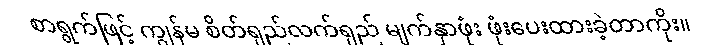
စာရွက်ဖြင့် ကျွန်မ စိတ်ရှည်လက်ရှည် မျက်နှာဖုံး ဖုံးပေးထားခဲ့တာကိုး။